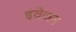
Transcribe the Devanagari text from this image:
इंवेजन